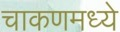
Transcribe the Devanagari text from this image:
चाकणमध्ये